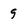
Character: 9